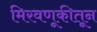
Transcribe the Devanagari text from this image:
मिरवणूकीतून